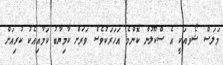
މަލަސް ޝޯވއަކީ އެ ސްކޫލުން ކޮންމެ އަހަރަކުވެސް ވަރަށް ކާމިޔާބު ކަމާއިއެކު ކުރިއަށް